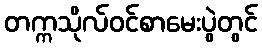
တက္ကသိုလ်ဝင်စာမေးပွဲတွင်